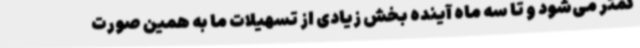
کمتر می‌شود و تا سه ماه آینده بخش زیادی از تسهیلات ما به همین صورت